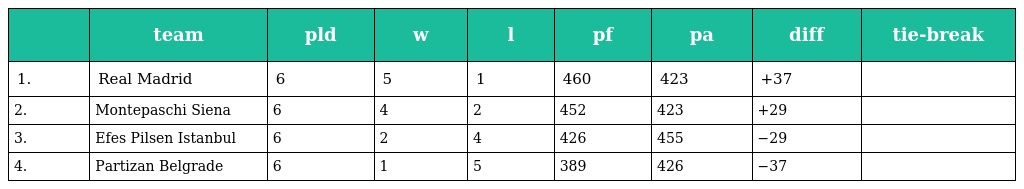
|  | team | pld | w | l | pf | pa | diff | tie-break |
 | --- | --- | --- | --- | --- | --- | --- | --- | --- |
 | 1. | Real Madrid | 6 | 5 | 1 | 460 | 423 | +37 |  |
 | 2. | Montepaschi Siena | 6 | 4 | 2 | 452 | 423 | +29 |  |
 | 3. | Efes Pilsen Istanbul | 6 | 2 | 4 | 426 | 455 | −29 |  |
 | 4. | Partizan Belgrade | 6 | 1 | 5 | 389 | 426 | −37 |  |